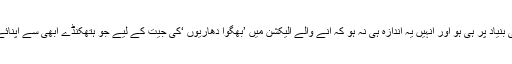
ممکن ہے کہ انہوں نے جو بات سامنے رکھی ہے وہ ’خلوص ‘کی بنیاد پر ہی ہو اور انہیں یہ اندازہ ہی نہ ہو کہ آنے والے الیکشن میں ’بھگوا دھاریوں ‘کی جیت کے لیے جو ہتھکنڈے ابھی سے اپنائے جارہے ہیں، ان کی بات بھی انہیں ہتھکنڈوں میں سے ایک ہے ۔